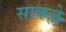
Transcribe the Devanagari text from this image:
साकल्ले